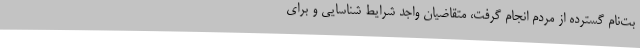
بت‌نام گسترده از مردم انجام گرفت، متقاضیان واجد شرایط شناسایی و برای